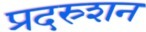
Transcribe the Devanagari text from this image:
प्रदस्र्शन